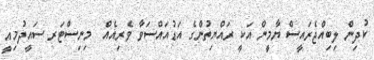
ކުދިން ލިބިއްޖެރައީސް ޔާމީން އަކީ ރައްޔިތުންގެ އަޑުއައްސަވާ ވެރިއެއް  މިނިސްޓަރ ސައީދުމިއީ